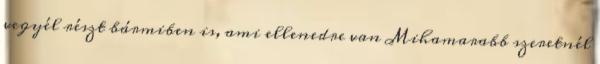
vegyél részt bármiben is, ami ellenedre van Mihamarabb szeretnél